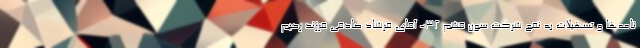
نامه‌ها و تسهیلات به نفع شرکت سون قشم ۳۲- آقای فرشاد صادقی فرزند رحیم